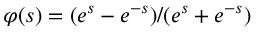
\varphi ( s ) = ( e ^ { s } - e ^ { - s } ) / ( e ^ { s } + e ^ { - s } )